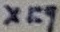
Text: X1:9